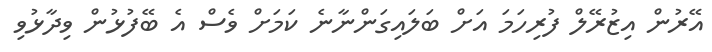
އޭރުން އިޒުރޭލް ފުރިހަމަ އަށް ބަލައިގަންނާނެ ކަމަށް ވެސް އެ ބޭފުޅުން ވިދާޅުވި